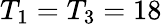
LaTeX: T_{1}=T_{3}=18